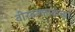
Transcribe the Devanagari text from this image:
वीरबल्लाळच्या